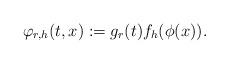
LaTeX: \begin{align*}\varphi_{r,h}(t,x) := g_r(t) f_h(\phi(x)).\end{align*}